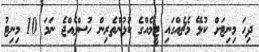
ދިހަ މިނިޓަށް ކުޅޭ މެޗެއްގައި ޓީމެއްގެ ކުޅުންތެރިން ހުސްވެއްޖެ ނަމަ 10 މިނިޓު